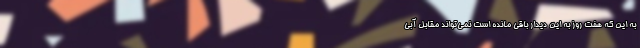
به این که هفت روز به این دیدار باقی مانده است نمی‌تواند مقابل آبی